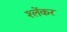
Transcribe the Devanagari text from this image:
श्लेंकर